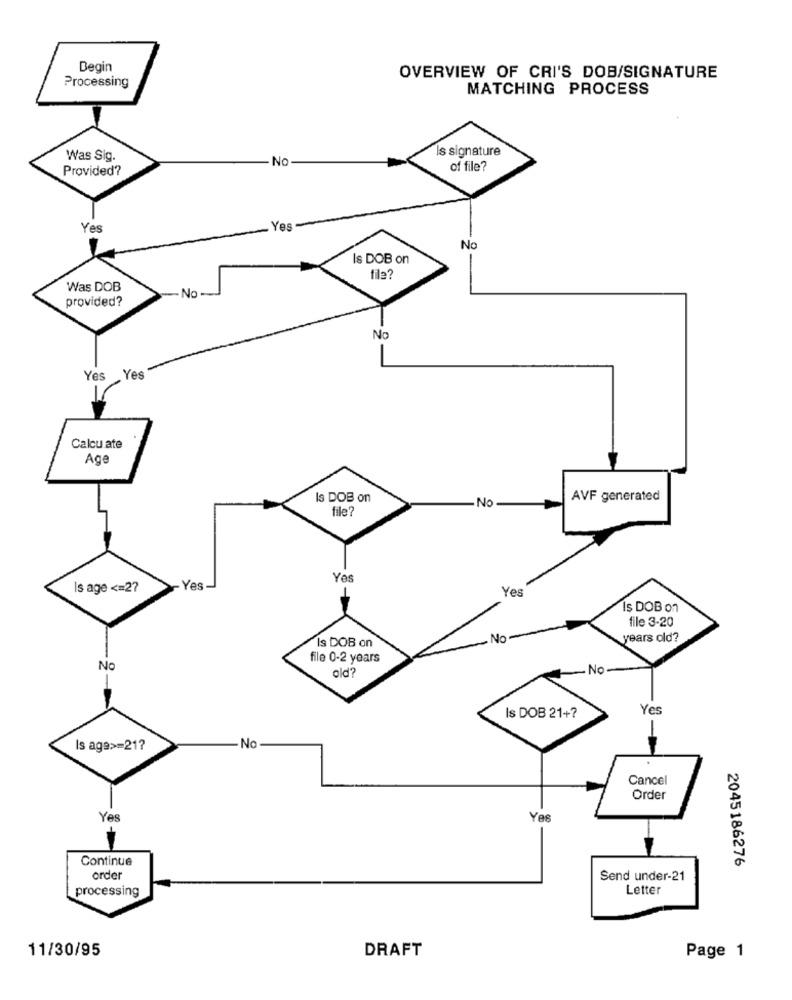
Begin
Processing
OVERVIEW OF CRI'S DOB/SIGNATURE
MATCHING PROCESS
s signature
Was Sig.
No
Provided?
of file?
Yes
- Yes-
No
Is DOB on
fie?
Was DOB
provided?
No -
No
Yes Yes
Calcu ate
Age
Is DOB on
No
AVF generated
file?
Yo
Is age <= 27
Yes
Yes
Is DOB on
file 3-20
Is DOB on
No
years old?
file 0-2 years
No
No
old?
Yes
Is DOB 21+7
Is age>=21?
No
Cancel
Order
Yes
Yes
Continue
2045186276
order
Send under-21
processing
Letter
11/30/95
DRAFT
Page 1